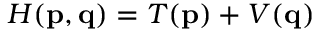
H ( \mathbf { p } , \mathbf { q } ) = T ( \mathbf { p } ) + V ( \mathbf { q } )